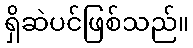
ရှိဆဲပင်ဖြစ်သည်။